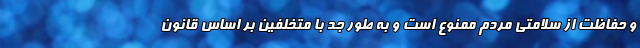
و حفاظت از سلامتی مردم ممنوع است و به طور جد با متخلفین بر اساس قانون